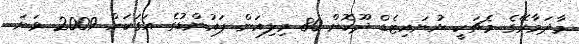
މާދަމާރޭގެ މެޗަކީ ޔުނައިޓެޑް ދޫކޮށް 80 މިލިއަން ޕައުންޑުގެ އަގަކަށް 2009 ވަނަ